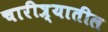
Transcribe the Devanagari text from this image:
चारीत्र्यातील